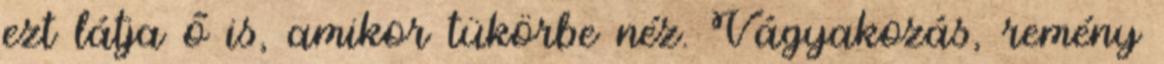
ezt látja ő is, amikor tükörbe néz. Vágyakozás, remény